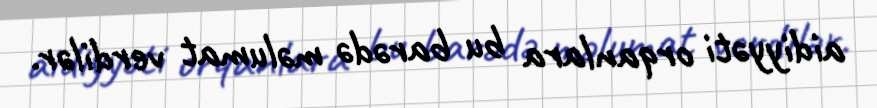
aidiyyəti orqanlara bu barədə məlumat verdilər.